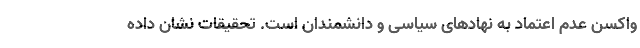
واکسن عدم اعتماد به نهادهای سیاسی و دانشمندان است. تحقیقات نشان داده